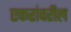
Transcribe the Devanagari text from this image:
एकरांवरील